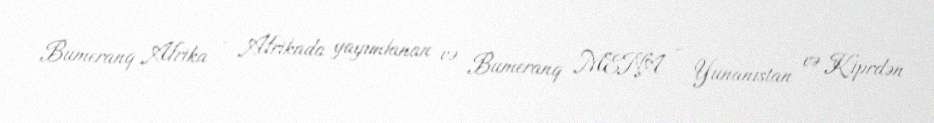
Bumeranq Afrika - Afrikada yayımlanan və Bumeranq MENA - Yunanıstan və Kiprdən